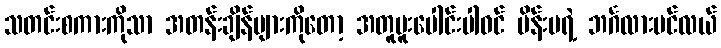
သတင်းစကားကိုသာ အတန်းချိန်များကိုတော့ အတူပူးပေါင်းပါဝင် မိန်းမရဲ့ ဘင်္ဂလားပင်လယ်